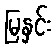
မြနှင်း